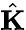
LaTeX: \hat{\mathbf{K}}